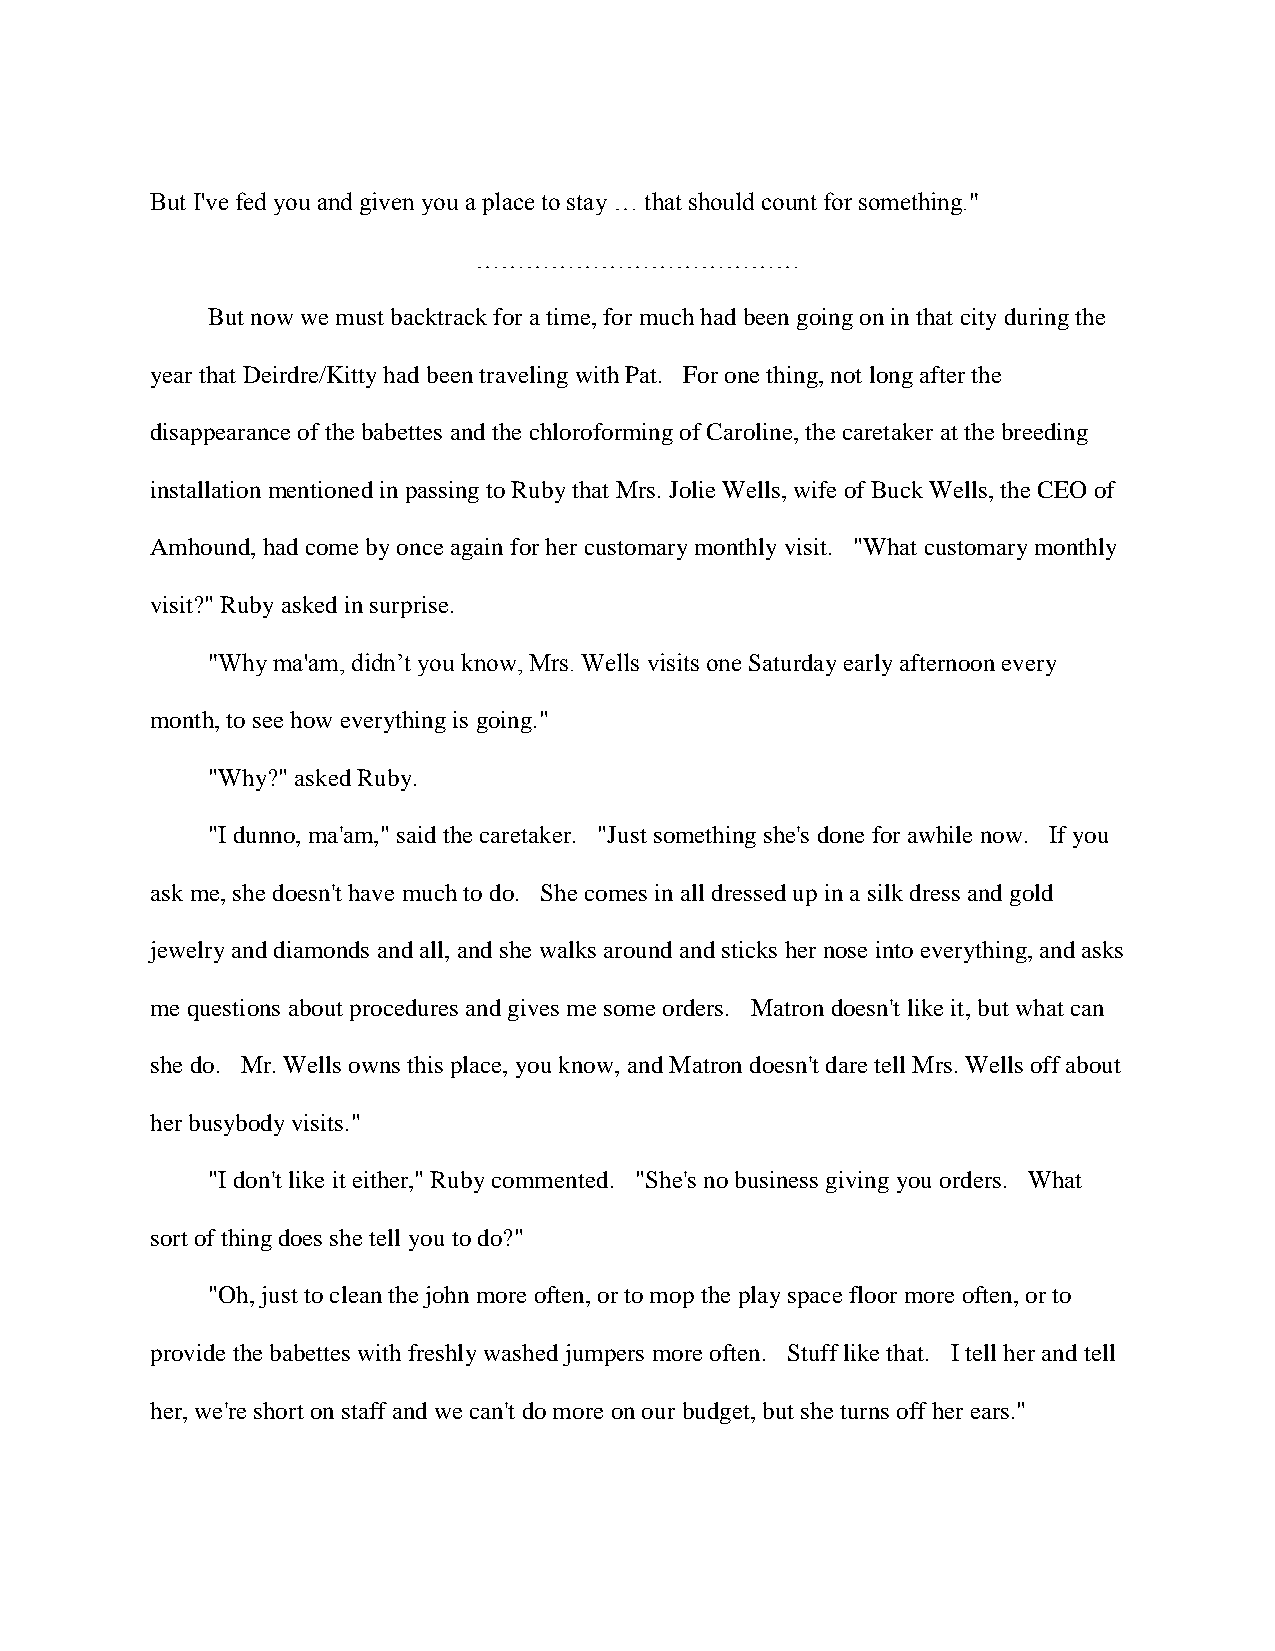
But I've fed you and given you a place to stay … that should count for something."
 …………………………………
 But now we must backtrack for a time, for much had been going on in that city during the
 year that Deirdre/Kitty had been traveling with Pat. For one thing, not long after the
 disappearance of the babettes and the chloroforming of Caroline, the caretaker at the breeding
 installation mentioned in passing to Ruby that Mrs. Jolie Wells, wife of Buck Wells, the CEO of
 Amhound, had come by once again for her customary monthly visit. "What customary monthly
 visit?" Ruby asked in surprise.
 "Why ma'am, didn’t you know, Mrs. Wells visits one Saturday early afternoon every
 month, to see how everything is going."
 "Why?" asked Ruby.
 "I dunno, ma'am," said the caretaker. "Just something she's done for awhile now. If you
 ask me, she doesn't have much to do. She comes in all dressed up in a silk dress and gold
 jewelry and diamonds and all, and she walks around and sticks her nose into everything, and asks
 me questions about procedures and gives me some orders. Matron doesn't like it, but what can
 she do. Mr. Wells owns this place, you know, and Matron doesn't dare tell Mrs. Wells off about
 her busybody visits."
 "I don't like it either," Ruby commented. "She's no business giving you orders. What
 sort of thing does she tell you to do?"
 "Oh, just to clean the john more often, or to mop the play space floor more often, or to
 provide the babettes with freshly washed jumpers more often. Stuff like that. I tell her and tell
 her, we're short on staff and we can't do more on our budget, but she turns off her ears."